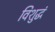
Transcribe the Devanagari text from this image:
विशुद्धं